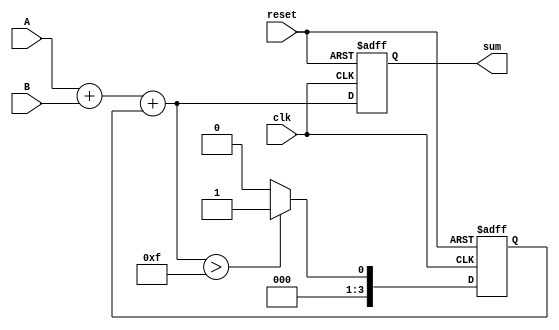
module manchester_carry_chain_adder (
    input wire clk,
    input wire reset,
    input wire [3:0] A,
    input wire [3:0] B,
    output reg [3:0] sum
);

reg [3:0] carry;

always @ (posedge clk or posedge reset) begin
    if (reset) begin
        sum <= 4'b0;
        carry <= 4'b0;
    end else begin
        sum <= A + B + carry;
        carry <= (A + B + carry) > 4'd15 ? 4'd1 : 4'd0;
    end
end

endmodule